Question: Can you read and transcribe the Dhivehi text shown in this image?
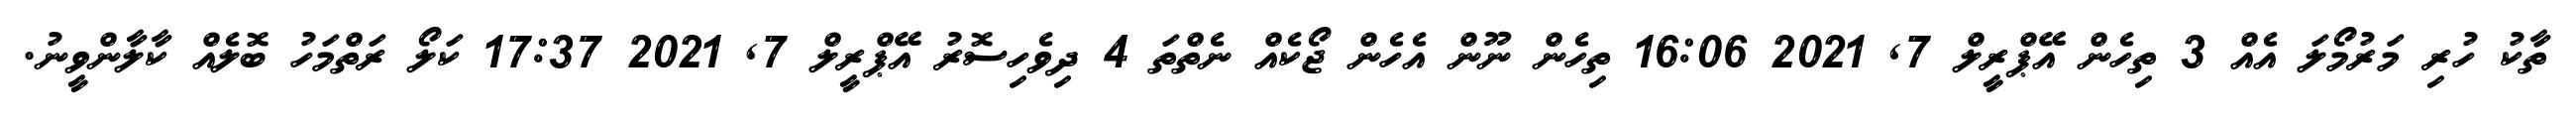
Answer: ތާކު ހުރި މަރުމޯލަ އެއް 3 ތިހެން އޭޕްރީލް 7, 2021 16:06 ތިހެން ނޫން އެހެން ޖޯކެއް ނެތްތަ 4 ދިވެހިސޮރު އޭޕްރީލް 7, 2021 17:37 ކަލޯ ރަތްމަހު ބޮލެއް ކާލާންވީނު.